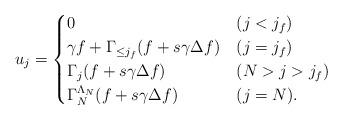
LaTeX: \begin{align*} u_j & = \begin{cases} 0 & (j<j_f)\\ \gamma f+ \Gamma_{\leq j_f} (f+s\gamma\Delta f) & (j=j_f)\\ \Gamma_{j}(f+s\gamma\Delta f) & (N>j>j_f)\\ \Gamma_N^{\Lambda_N}(f+s\gamma\Delta f) & (j=N). \end{cases} \end{align*}